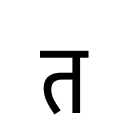
OCR:
त